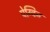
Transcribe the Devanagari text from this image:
पेग्विन